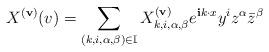
LaTeX: \begin{align*}X^{(\mathbf{v})}(v)=\sum_{(k,i,\alpha,\beta)\in\mathbb{I}}X^{(\mathbf{v})}_{k,i,\alpha,\beta}e^{\mathbf{i}k\cdot x}y^{i}z^{\alpha}\bar{z}^{\beta}\end{align*}